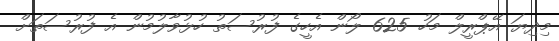
މިދިޔަ އޭޕްރީލް މަހު 625 ލޯން އެހީގެ ފުރުސަތު ހުޅުވާލުމުން އެ ފުރުސަތަށް